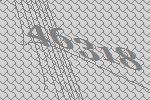
46318